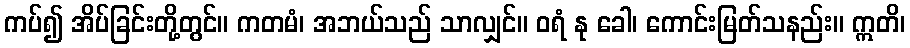
ကပ်၍ အိပ်ခြင်းတို့တွင်။ ကတမံ၊ အဘယ်သည် သာလျှင်။ ဝရံ နု ခေါ၊ ကောင်းမြတ်သနည်း။ ဣတိ၊